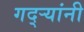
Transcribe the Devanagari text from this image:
गद्र्‍यांनी